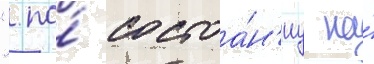
". по́ состоа́н'иу на́